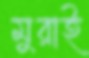
মুরাই